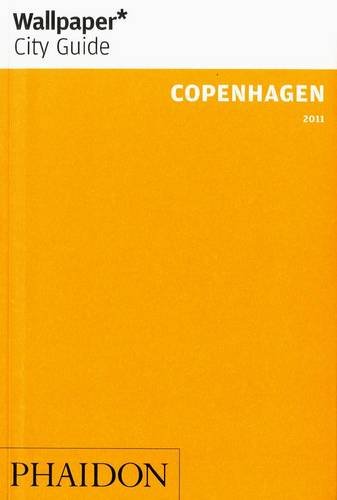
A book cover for Wallpaper* City Guide Copenhagen Update (Wallpaper* City Guides); Travel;